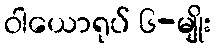
ဝါယောရုပ် ၆-မျိုး